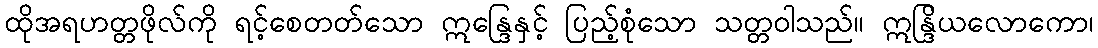
ထိုအရဟတ္တဖိုလ်ကို ရင့်စေတတ်သော ဣန္ဒြေနှင့် ပြည့်စုံသော သတ္တဝါသည်။ ဣန္ဒြိယလောကော၊